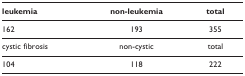
| leukemia | non-leukemia | total |
 | --- | --- | --- |
 | 162 | 193 | 355 |
 | cystic fibrosis | non-cystic | total |
 | 104 | 118 | 222 |